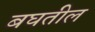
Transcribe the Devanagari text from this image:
बघतील